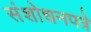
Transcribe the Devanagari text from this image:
संशोधनपत्रे